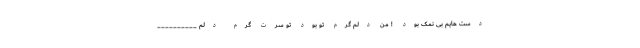
دست هایم بی نمک بود ! من دلم گرم تو بود تو سرت گرم دلم __________